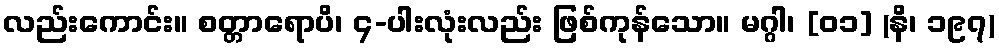
လည်းကောင်း။ စတ္တာရောပိ၊ ၄-ပါးလုံးလည်း ဖြစ်ကုန်သော။ မဂ္ဂါ၊ [၀၁] (နိ၊ ၁၉၇)